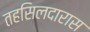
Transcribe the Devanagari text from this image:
तहसिलदारास